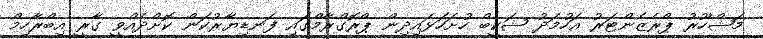
މަޝްހޫރު ޕްރެޒެންޓަރު އަހުމަދު ޝަކީބް ހުށަހަޅައިދިން ޕްރޮގްރާމްގައި ފަނޑިޔާރުކަން ކޮށްދެއްވީ ގާރީ އިބްރާހިމް